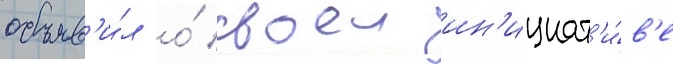
объяв'и́л о́ своеи ин'ициат'и́в'е